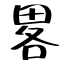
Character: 畧